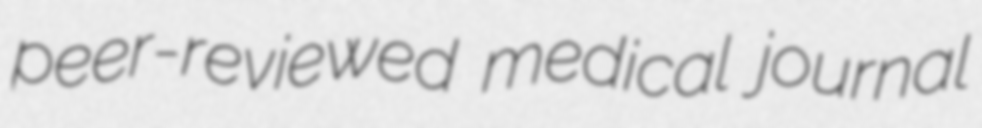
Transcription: peer-reviewed medical journal